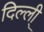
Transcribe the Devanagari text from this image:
दिल्ली्